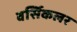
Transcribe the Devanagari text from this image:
वर्सिकलर